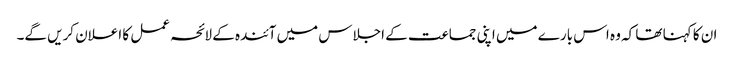
ان کا کہنا تھا کہ وہ اس بارے میں اپنی جماعت کے اجلاس میں آئندہ کے لائحہ عمل کا اعلان کریں گے۔